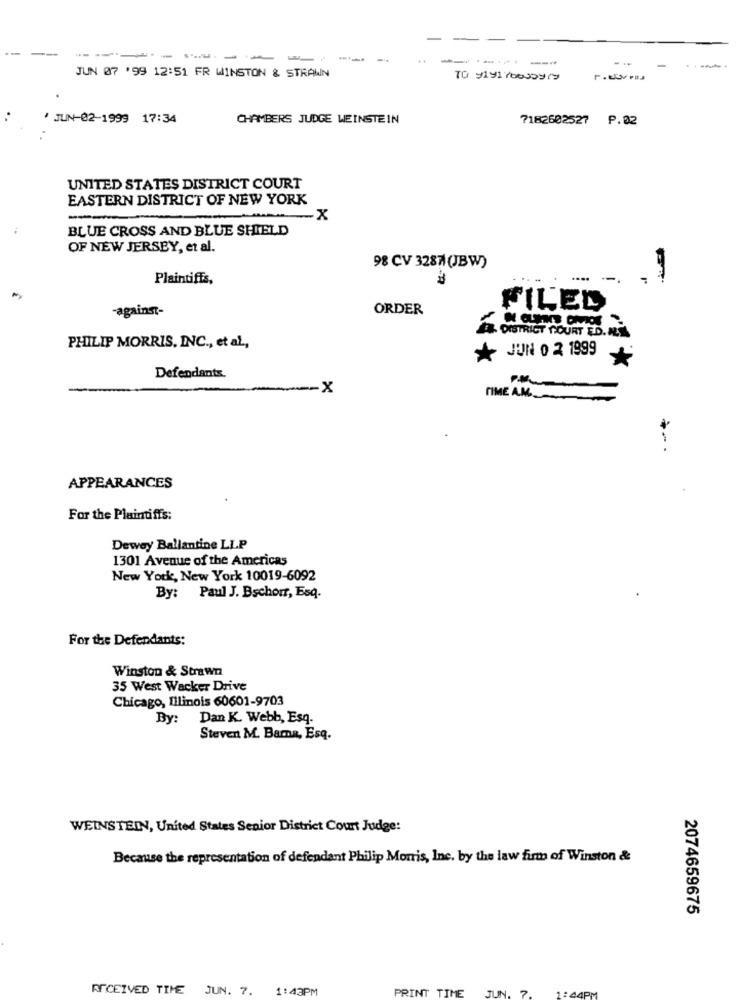
--------
JUN 07 '99 12:51 FR WINSTON & STRAWN
/JUN-02-1999 17:34
CHAMBERS JUDGE WEINSTEIN
7182602527 P.02
UNITED STATES DISTRICT COURT
EASTERN DISTRICT OF NEW YORK
-x
BLUE CROSS AND BLUE SHIELD
OF NEW JERSEY, et al.
98 CV 3287(JBW)
Plaintiffs,
-against-
ORDER
FILED
DISTRICT COURT ED. ALS
PHILIP MORRIS, INC ., et al .,
JUN 0 2 1999
Defendants.
PM
.x
TIME A.M.
APPEARANCES
For the Plaintiffs:
Dewey Ballantine LLP
1301 Avenue of the Americas
New York, New York 10019-6092
By: Paul J. Bschorr, Esq.
For the Defendants:
Winston & Strawn
35 West Wacker Drive
Chicago, Illinois 60601-9703
By: Dan K. Webb, Esq.
Steven M. Bama, Esq.
WEINSTEIN, United States Senior District Court Judge:
Because the representation of defendant Philip Morris, Inc. by the law firm of Winston &
2074659675
RECEIVED TIME JUN. 7. 1:43PM
PRINT TIME
JUN. 7.
1:44PM